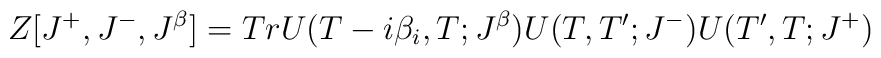
Z[J^+, J^-, J^{\beta}]= Tr U(T-i\beta_i,T;J^{\beta})U(T,T';J^-)U(T',T;J^+)